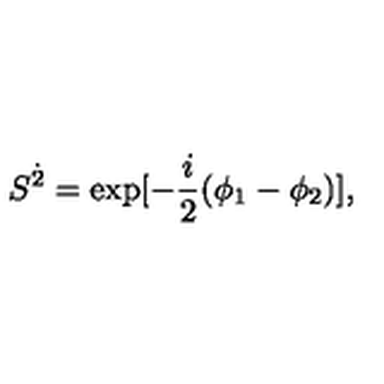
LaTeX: S ^ { \dot { 2 } } = \mathrm { e x p } [ - \frac { i } { 2 } ( \phi _ { 1 } - \phi _ { 2 } ) ] ,